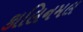
કાલિનમલ